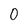
Character: 0